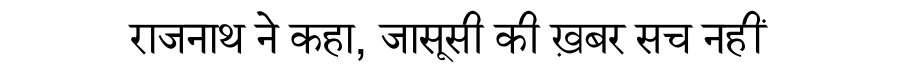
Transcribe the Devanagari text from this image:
राजनाथ ने कहा, जासूसी की ख़बर सच नहीं